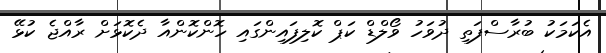
އެކަމަކު ބުރާސްފަތި ދުވަހު ވޯލްޑް ކަޕް ކޮލިފައިންގައި ހޮންކޮންއާ ދެކޮޅަށް ރާއްޖެ ކުޅޭ